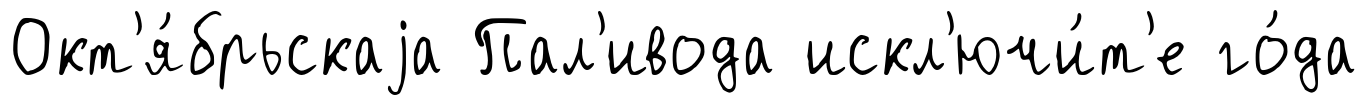
Окт'я́брьскаjа Пал'ивода искл'ючи́т'е го́да